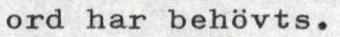
ord har behövts.